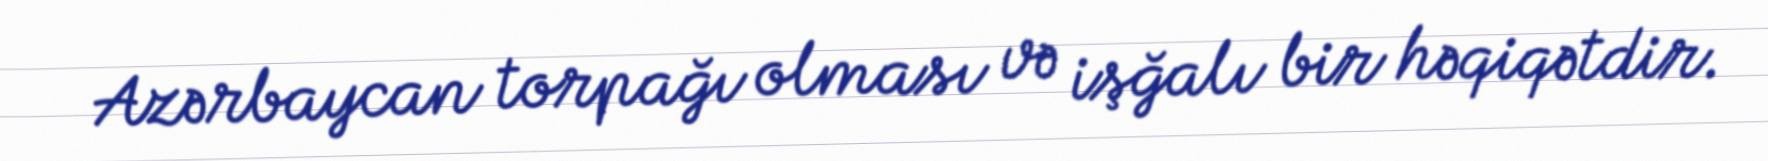
Azərbaycan torpağı olması və işğalı bir həqiqətdir.